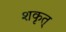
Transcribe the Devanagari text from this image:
शकृत्